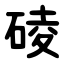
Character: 碐